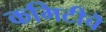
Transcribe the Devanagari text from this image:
कमिटीचॆ